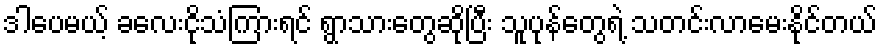
ဒါပေမယ့် ခလေးငိုသံကြားရင် ရွာသားတွေဆိုပြီး သူပုန်တွေရဲ့ သတင်းလာမေးနိုင်တယ်